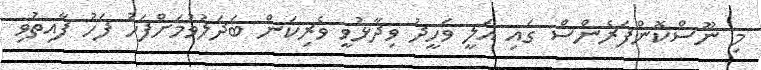
މި ނޫސްކޮންފަރެންސް ގައި އަލީ ވަހީދު ވިދާޅުވީ ވެރިކަން ބަދަލުވުމަށްފަހު ފަހު ފާއިތުވި